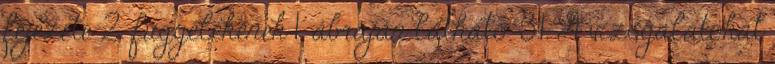
fejezete 2. függelékének 1. ábráján látható. 3.1. A vizsgálatokat